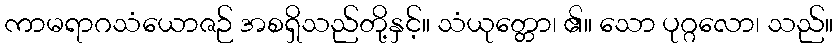
ကာမရာဂသံယောဇဉ် အစရှိသည်တို့နှင့်။ သံယုတ္တော၊ ၏။ သော ပုဂ္ဂလော၊ သည်။